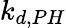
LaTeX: k_{d,PH}